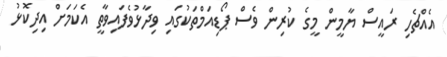
އެއްޗެހި ރައީސް ޔާމީން މީގެ ކުރިން ވެސް ޕޯޑިއަމްތަކުގައި ވިދާޅުވެފައިވާތީ އެކަމަށް އިދިކޮޅު